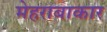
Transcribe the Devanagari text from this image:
मेहराबाकार